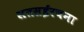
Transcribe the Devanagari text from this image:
सतसईरचना